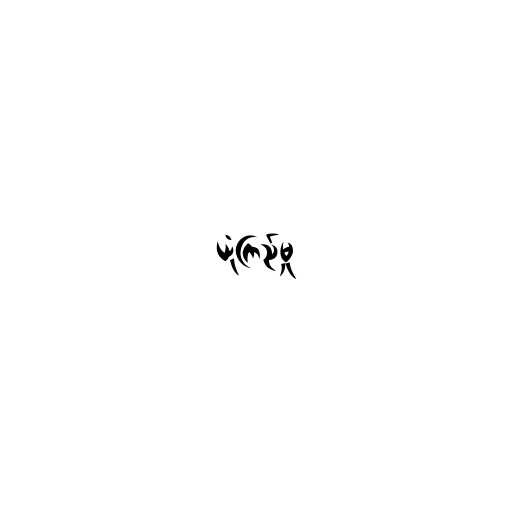
ယုံကြည်မှု